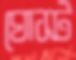
ঘোস্ট